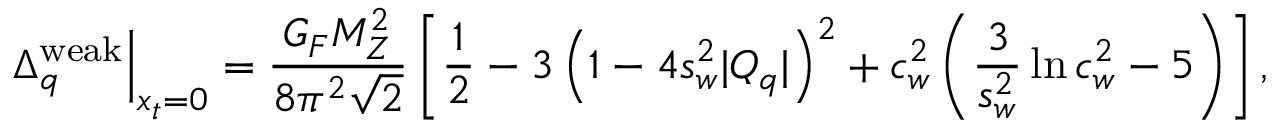
\left. \Delta _ { q } ^ { \mathrm { w e a k } } \right| _ { x _ { t } = 0 } = \frac { G _ { F } M _ { Z } ^ { 2 } } { 8 \pi ^ { 2 } \sqrt 2 } \left[ \frac { 1 } { 2 } - 3 \left( 1 - 4 s _ { w } ^ { 2 } | Q _ { q } | \right) ^ { 2 } + c _ { w } ^ { 2 } \left( \frac { 3 } { s _ { w } ^ { 2 } } \ln c _ { w } ^ { 2 } - 5 \right) \right] ,